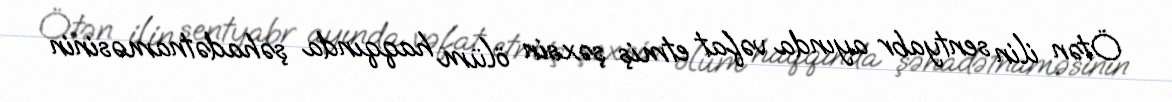
Ötən ilin sentyabr ayında vəfat etmiş şəxsin ölüm haqqında şəhadətnaməsinin